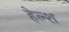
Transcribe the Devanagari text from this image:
हेल्श